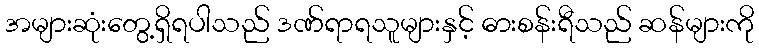
အများဆုံးတွေ့ရှိရပါသည် ဒဏ်ရာရသူများနှင့် ဓားစန်းရီသည် ဆန်များကို